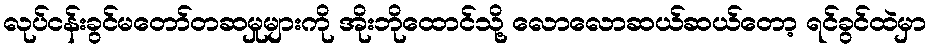
လုပ်ငန်းခွင်မတော်တဆမှုများကို အိုးဘိုထောင်သို့ လောလောဆယ်ဆယ်တော့ ရင်ခွင်ထဲမှာ